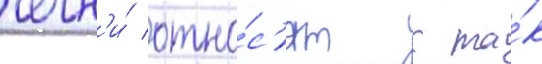
чечн'и́ отно́с'ят к та́к